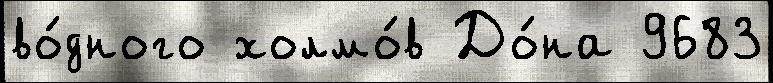
во́дного холмо́в До́на 9683